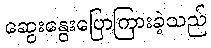
ဆွေးနွေးပြောကြားခဲ့သည်